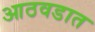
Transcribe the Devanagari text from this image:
आठवडात